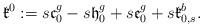
LaTeX: \begin{align*}\mathfrak{k}^0:=s\mathfrak{c}_0^g-s\mathfrak{h}^g_0+s\mathfrak{e}^g_0+s\mathfrak{k}^b_{0,s}.\end{align*}